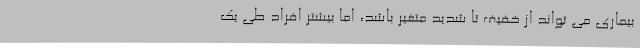
بیماری می تواند از خفیف تا شدید متغیر باشد، اما بیشتر افراد طی یک